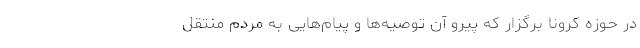
در حوزه کرونا برگزار که پیرو آن توصیه‌ها و پیام‌هایی به مردم منتقل